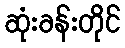
ဆုံးခန်းတိုင်